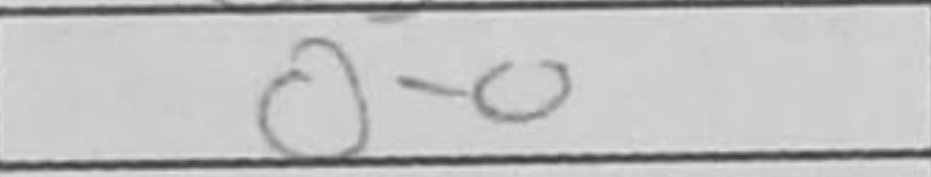
Transcription: O-O